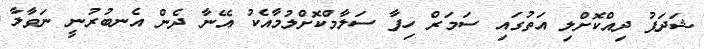
ޝަދަފު ދިއްކޮށްލި އަތުގައި ސަމަރް ހިފާ ސަލާމްކޮށްލުމާއެކު އޭނާ ދެން އެނބުރުނީ ނަވާލާ